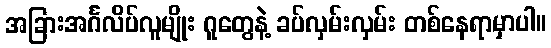
အခြားအင်္ဂလိပ်လူမျိုး ဂူတွေနဲ့ ခပ်လှမ်းလှမ်း တစ်နေရာမှာပါ။